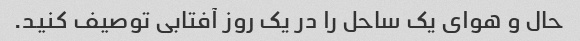
حال و هوای یک ساحل را در یک روز آفتابی توصیف کنید.